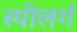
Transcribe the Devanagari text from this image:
स्पीलर्ग